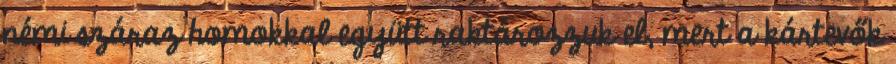
némi száraz homokkal együtt raktározzuk el, mert a kártevők